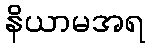
နိယာမအရ